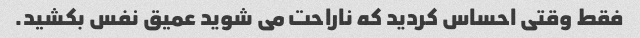
فقط وقتی احساس کردید که ناراحت می شوید عمیق نفس بکشید.